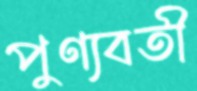
পুণ্যবতী